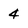
Character: 4